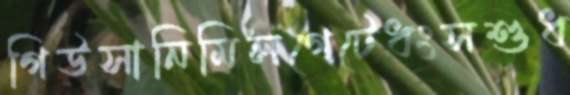
গিউসানিমিলগেটেধংসশুধ